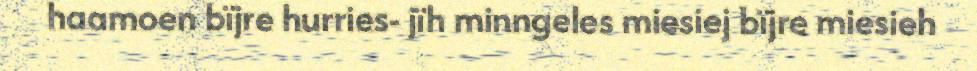
haamoen bïjre hurries- jïh minngeles miesiej bïjre miesieh